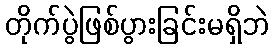
တိုက်ပွဲဖြစ်ပွားခြင်းမရှိဘဲ